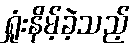
ရှုံးနိမ့်ခဲ့သည့်